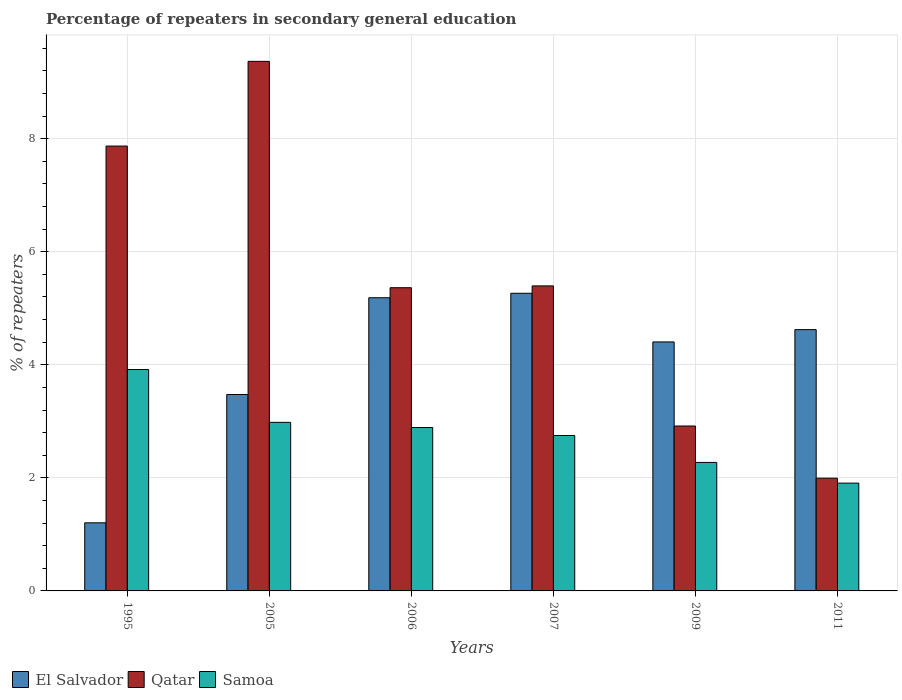
| Years | El Salvador | Qatar | Samoa |
 | --- | --- | --- | --- |
 | 1995 | 1.2 | 7.87 | 3.92 |
 | 2005 | 3.47 | 9.37 | 2.98 |
 | 2006 | 5.19 | 5.36 | 2.89 |
 | 2007 | 5.27 | 5.4 | 2.75 |
 | 2009 | 4.4 | 2.92 | 2.27 |
 | 2011 | 4.62 | 1.99 | 1.91 |